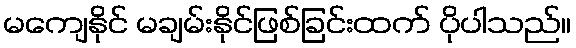
မကျေနိုင် မချမ်းနိုင်ဖြစ်ခြင်းထက် ပိုပါသည်။